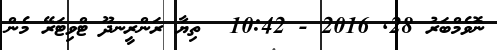
ނޮވެމްބަރު 28